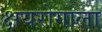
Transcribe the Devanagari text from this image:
क्षयरोगाला